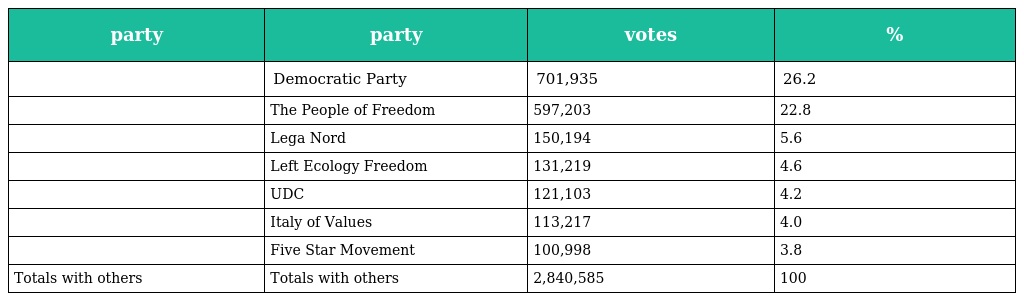
| party | party | votes | % |
 | --- | --- | --- | --- |
 |  | Democratic Party | 701,935 | 26.2 |
 |  | The People of Freedom | 597,203 | 22.8 |
 |  | Lega Nord | 150,194 | 5.6 |
 |  | Left Ecology Freedom | 131,219 | 4.6 |
 |  | UDC | 121,103 | 4.2 |
 |  | Italy of Values | 113,217 | 4.0 |
 |  | Five Star Movement | 100,998 | 3.8 |
 | Totals with others | Totals with others | 2,840,585 | 100 |